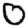
Digit: 0